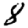
Digit: 8